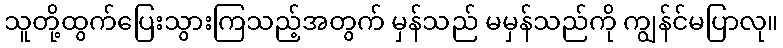
သူတို့ထွက်ပြေးသွားကြသည့်အတွက် မှန်သည် မမှန်သည်ကို ကျွန်င်မပြာလု။